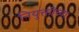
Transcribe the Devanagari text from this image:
नियुक्तीच्या